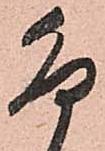
卯